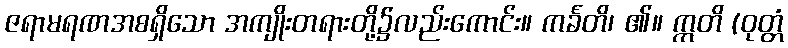
ဇရာမရဏအစရှိသော အကျိုးတရားတို့၌လည်းကောင်း။ ကင်္ခတိ၊ ၏။ ဣတိ (ဝုတ္တံ